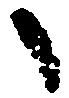
之